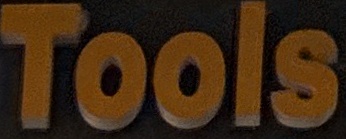
Tools